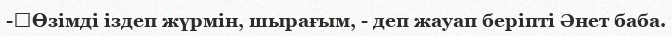
-	Өзімді іздеп жүрмін, шырағым, - деп жауап беріпті Әнет баба.